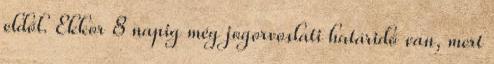
eldől. Ekkor 8 napig még jogorvoslati határidő van, mert